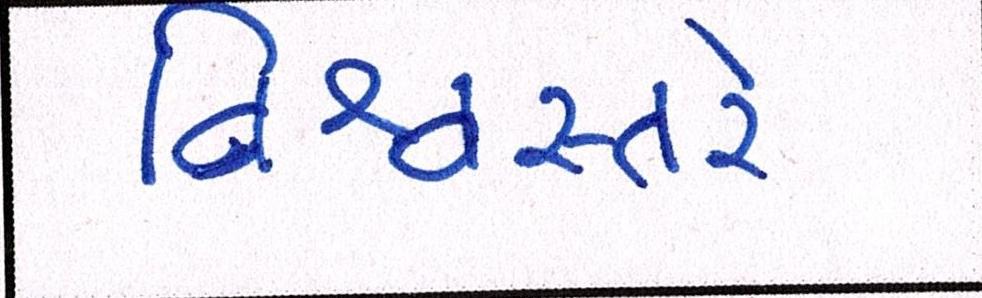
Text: વિશ્વસ્તરે